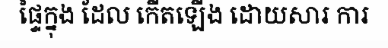
ផ្ទៃក្នុង ដែល កើតឡើង ដោយសារ ការ